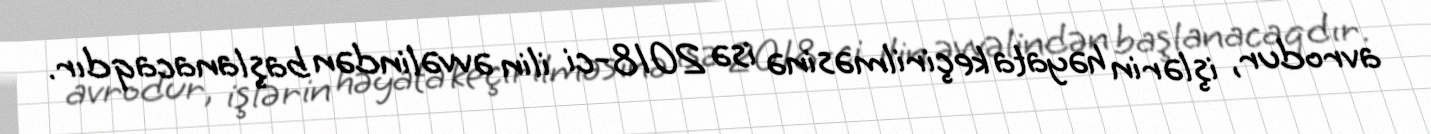
avrodur, işlərin həyata keçirilməsinə isə 2018-ci ilin əvvəlindən başlanacaqdır.